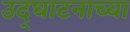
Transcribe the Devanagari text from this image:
उद्घाटनाच्या